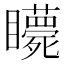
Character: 𥍇